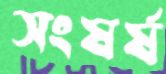
সংষর্ষ